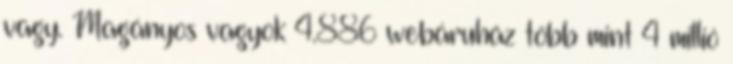
vagy. Magányos vagyok 4.886 webáruház több mint 4 millió